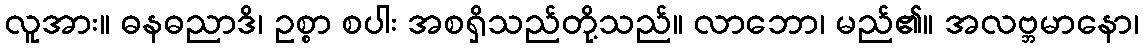
လူအား။ ဓနဓညာဒိ၊ ဥစ္စာ စပါး အစရှိသည်တို့သည်။ လာဘော၊ မည်၏။ အလဗ္ဘမာနော၊